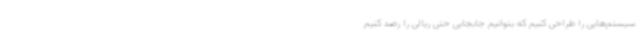
سیستم‌هایی را طراحی کنیم که بتوانیم جابجایی حتی ریالی را رصد کنیم